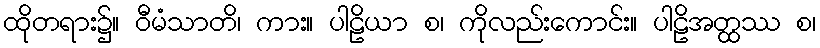
ထိုတရား၌။ ဝီမံသာတိ၊ ကား။ ပါဠိယာ စ၊ ကိုလည်းကောင်း။ ပါဠိအတ္ထဿ စ၊